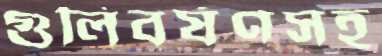
গুলিবর্ষণসহ